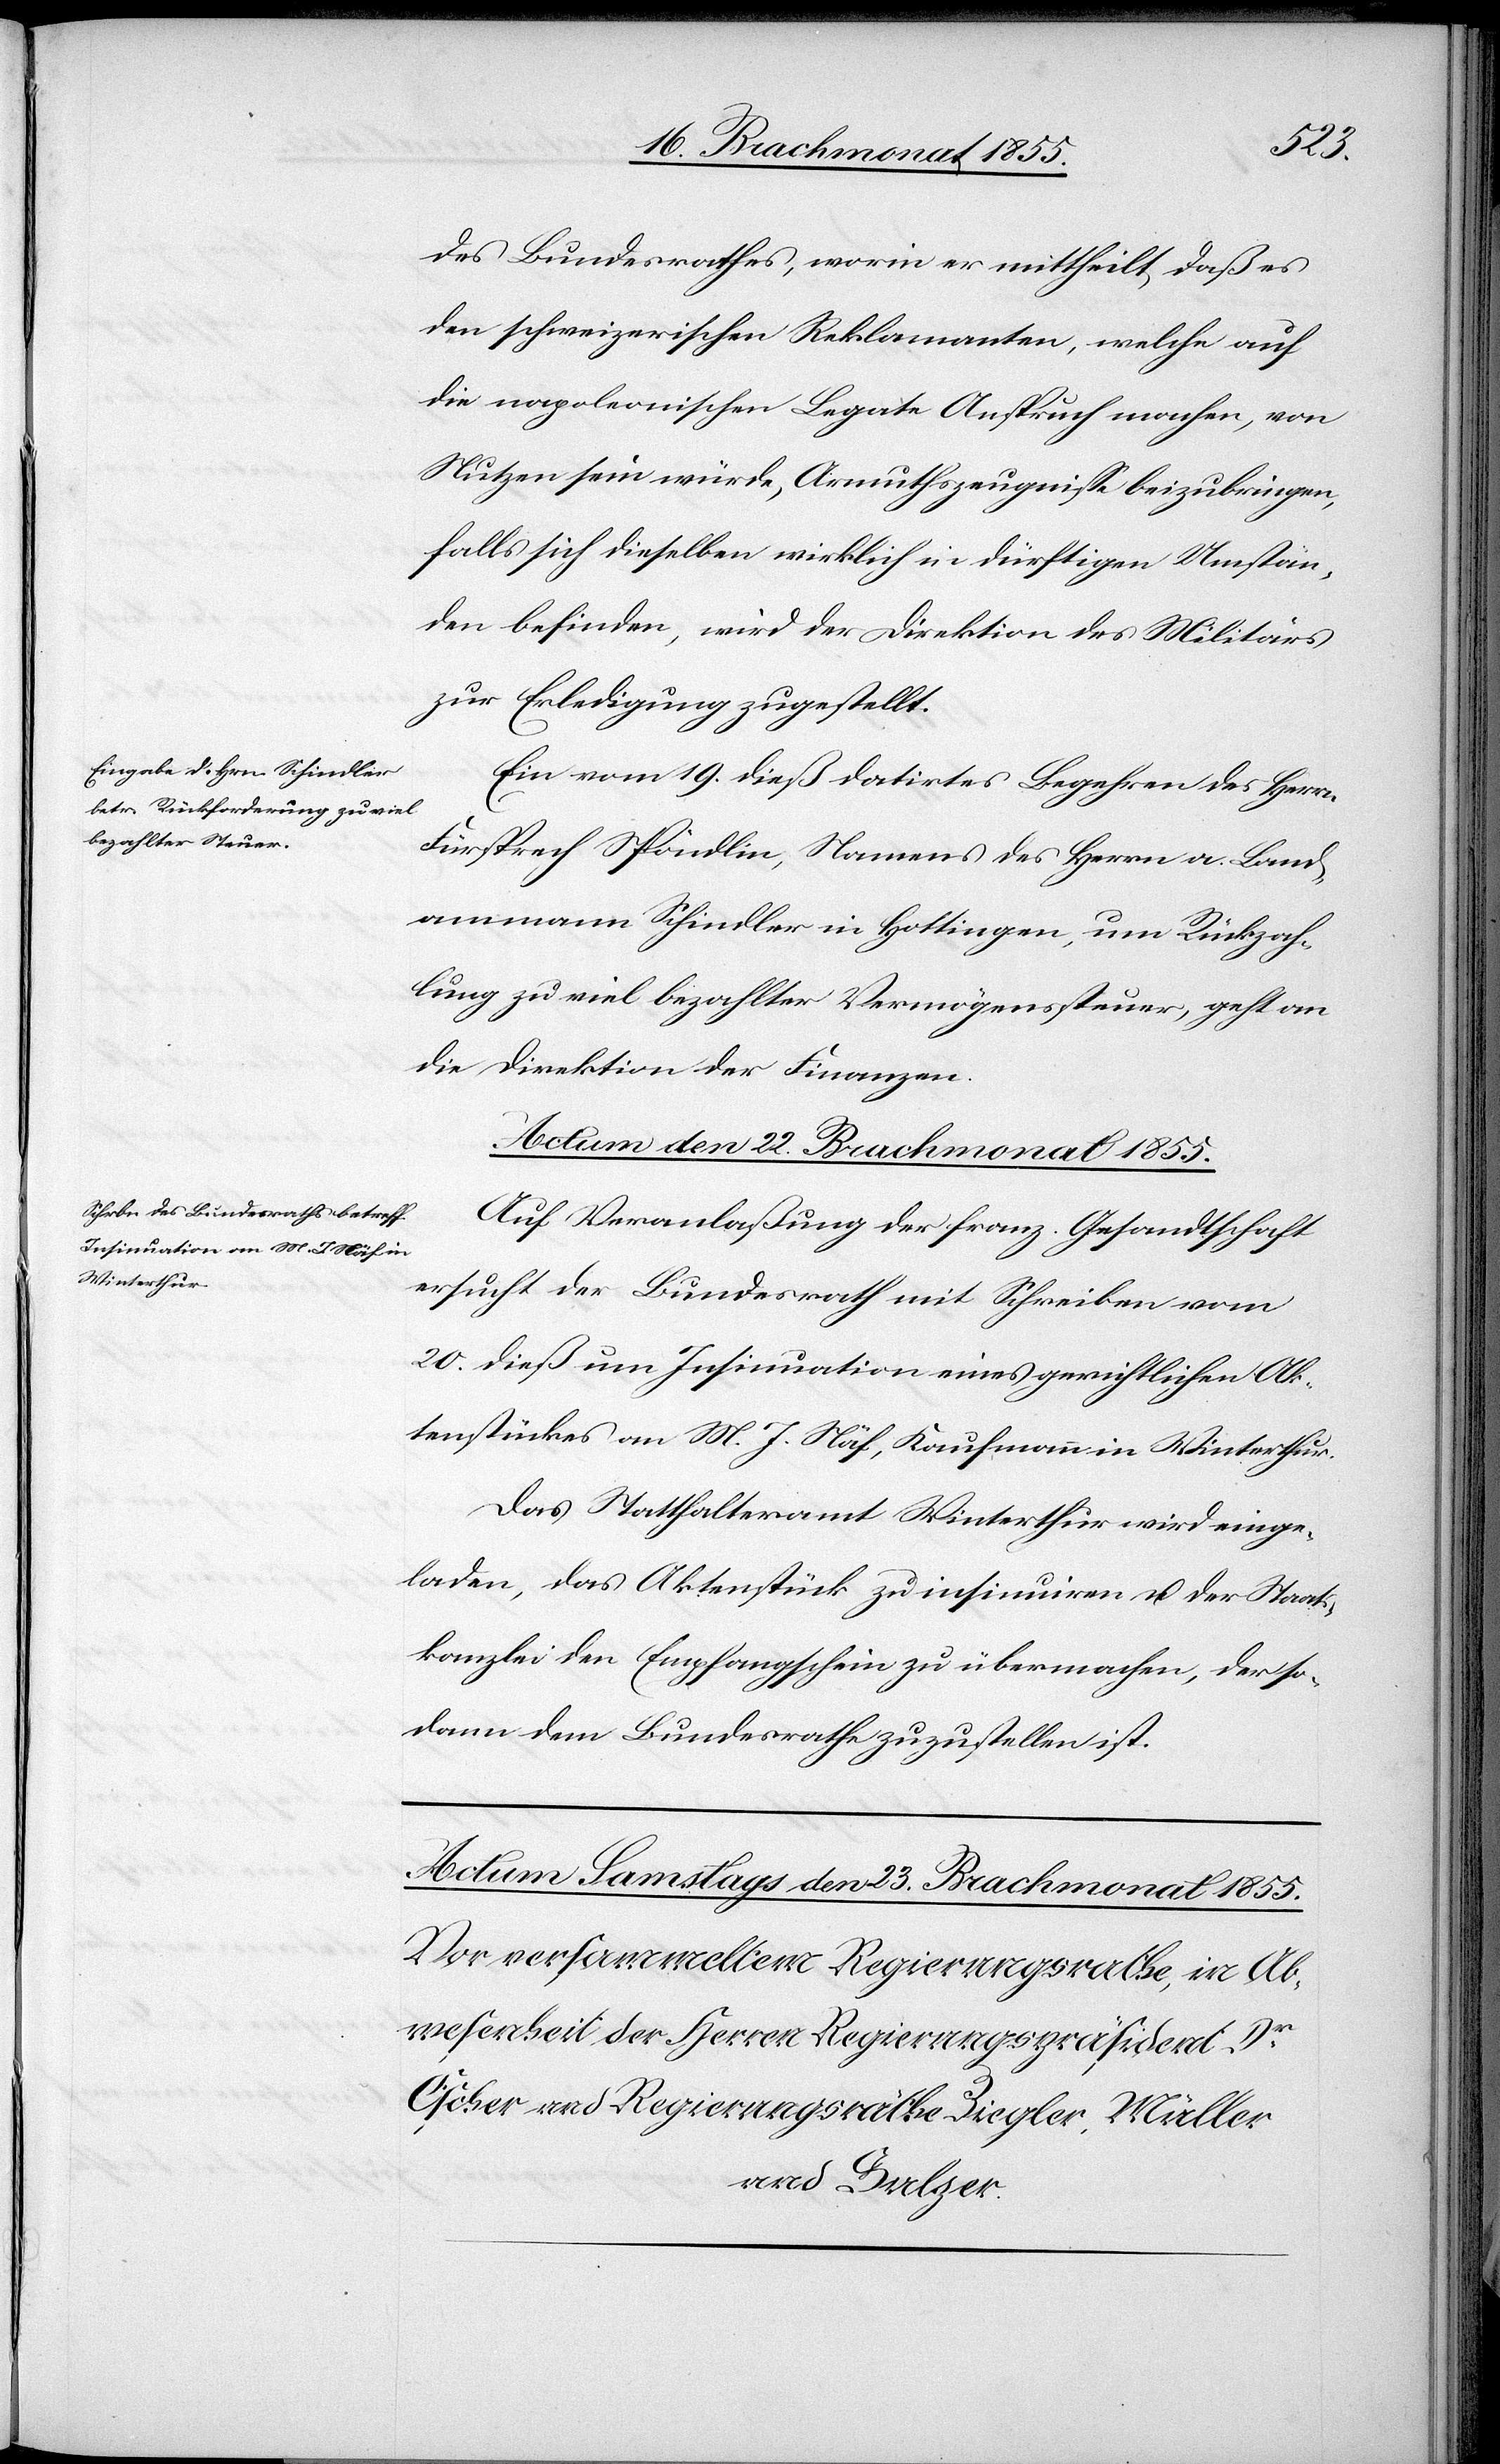
des Bundesrathes, worin er mittheilt, daß es
den schweizerischen Reklamanten, welche auf
die napoleonischen Legate Anspruch machen, von
Nutzen sein würde, Armuthszeugnisse beizubringen,
falls sich dieselben wirklich in dürftigen Umstän¬
den befinden, wird der Direktion des Militärs
zur Erledigung zugestellt.
Ein vom 19. dieß datirtes Begehren des Herrn
Fürsprech Spöndlin, Namens des Herrn a. Land¬
ammann Schindler in Hottingen, um Rückzah¬
lung zu viel bezahlter Vermögenssteuer, geht an
die Direktion der Finanzen.
Actum den 22. Brachmonat 1855.
Auf Veranlaßung der franz. Gesandtschaft
ersucht der Bundesrath mit Schreiben vom
20. dieß um Insinuation eines gerichtlichen Ak¬
tenstückes an M. J. Näf, Kaufmann in Winterthur.
Das Statthalteramt Winterthur wird einge¬
laden, das Aktenstück zu insinuiren u. der Staats¬
kanzlei den Empfangschein zu übermachen, der so¬
dann dem Bundesrathe zuzustellen ist.